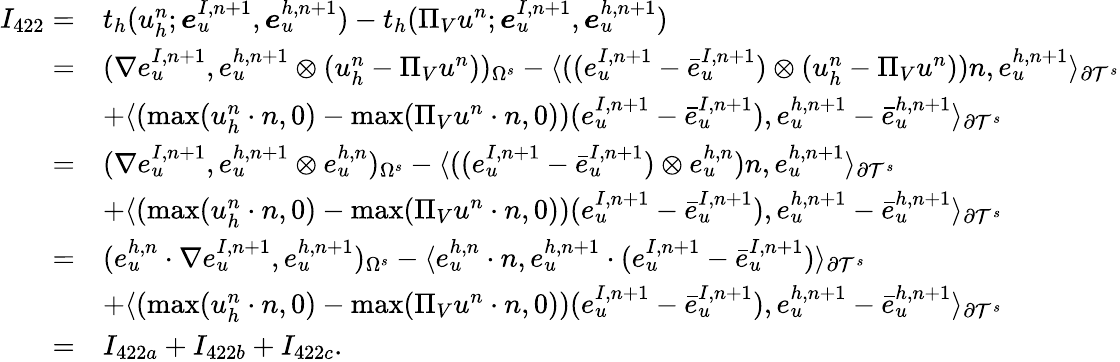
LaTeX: \begin{array}{rl}{I_{422}=}&{t_{h}(u_{h}^{n};\boldsymbol{e}_{u}^{I,n+1},\boldsymbol{e}_{u}^{h,n+1})-t_{h}(\Pi_{V}u^{n};\boldsymbol{e}_{u}^{I,n+1},\boldsymbol{e}_{u}^{h,n+1})}\\ {=}&{(\nabla e_{u}^{I,n+1},e_{u}^{h,n+1}\otimes(u_{h}^{n}-\Pi_{V}u^{n}))_{\Omega^{s}}-\langle((e_{u}^{I,n+1}-\bar{e}_{u}^{I,n+1})\otimes(u_{h}^{n}-\Pi_{V}u^{n}))n,e_{u}^{h,n+1}\rangle_{\partial\mathcal{T}^{s}}}\\ &{+\langle(\operatorname*{max}(u_{h}^{n}\cdot n,0)-\operatorname*{max}(\Pi_{V}u^{n}\cdot n,0))(e_{u}^{I,n+1}-\bar{e}_{u}^{I,n+1}),e_{u}^{h,n+1}-\bar{e}_{u}^{h,n+1}\rangle_{\partial\mathcal{T}^{s}}}\\ {=}&{(\nabla e_{u}^{I,n+1},e_{u}^{h,n+1}\otimes e_{u}^{h,n})_{\Omega^{s}}-\langle((e_{u}^{I,n+1}-\bar{e}_{u}^{I,n+1})\otimes e_{u}^{h,n})n,e_{u}^{h,n+1}\rangle_{\partial\mathcal{T}^{s}}}\\ &{+\langle(\operatorname*{max}(u_{h}^{n}\cdot n,0)-\operatorname*{max}(\Pi_{V}u^{n}\cdot n,0))(e_{u}^{I,n+1}-\bar{e}_{u}^{I,n+1}),e_{u}^{h,n+1}-\bar{e}_{u}^{h,n+1}\rangle_{\partial\mathcal{T}^{s}}}\\ {=}&{(e_{u}^{h,n}\cdot\nabla e_{u}^{I,n+1},e_{u}^{h,n+1})_{\Omega^{s}}-\langle e_{u}^{h,n}\cdot n,e_{u}^{h,n+1}\cdot(e_{u}^{I,n+1}-\bar{e}_{u}^{I,n+1})\rangle_{\partial\mathcal{T}^{s}}}\\ &{+\langle(\operatorname*{max}(u_{h}^{n}\cdot n,0)-\operatorname*{max}(\Pi_{V}u^{n}\cdot n,0))(e_{u}^{I,n+1}-\bar{e}_{u}^{I,n+1}),e_{u}^{h,n+1}-\bar{e}_{u}^{h,n+1}\rangle_{\partial\mathcal{T}^{s}}}\\ {=}&{I_{422a}+I_{422b}+I_{422c}.}\end{array}